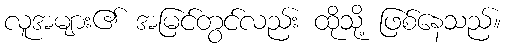
လူအများ၏ အမြင်တွင်လည်း ထိုသို့ ဖြစ်နေသည်။